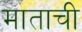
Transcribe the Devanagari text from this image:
माताची